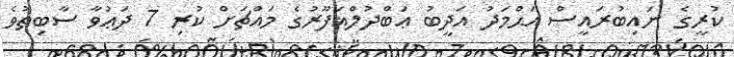
ކުރީގެ ނައިބުރައީސް އަޙްމަދު އަދީބު ޢަބްދުލްޣަފޫރުގެ މައްޗަށް ކުރި 7 ދަޢުވާ ސާބިތުވެ